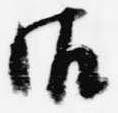
御